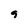
Character: 9